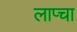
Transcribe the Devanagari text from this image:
लाप्चा